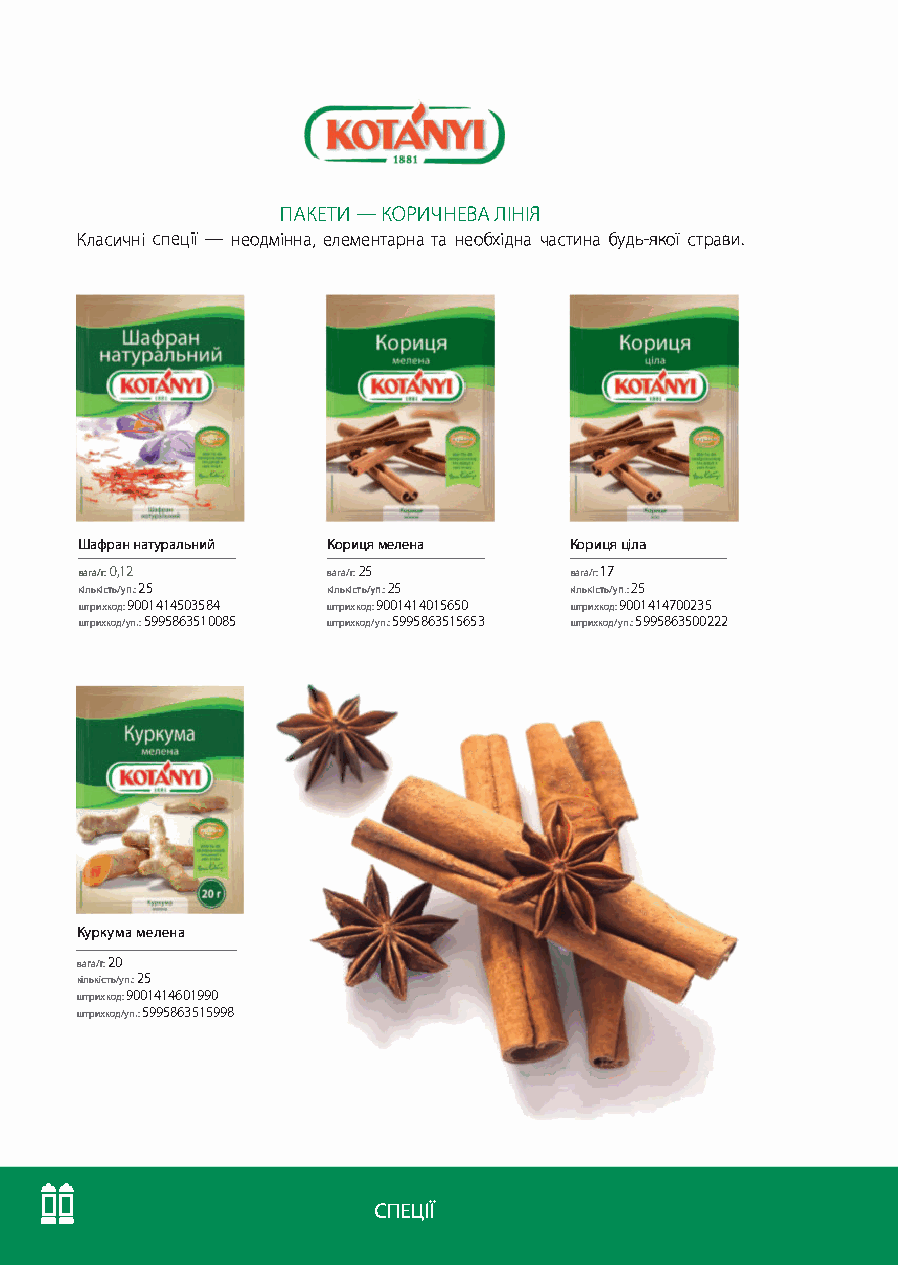
ПАКЕТИ -КОРИЧНЕВА ЛІНІЯ
 Класичні спеції - неодмінна, елементарна та необхідна частина будь-якої страви.
 Шафран натуральний Кориця мелена Кориця ціла
 вага/г. О, 12    вага/г: 25      вага/г: 17
 кількість/уп.: 25 кількість/уп.: 25 кількість/уп.: 25
 штрихкод: 9001414503584 штрихкод: 9001414015650 штрихкод: 9001414700235
 штрихкод/уп.: 5995863510 085 штрихкод/уп.: 5995863515653 штрихкод/уп.: 5995863500222
 Куркума мелена
 вага/г: 20
 кількість/уп.: 25
 штрих код: 90014146019 90
 штрихкод/уп.: 5995863515998
 ....
 □-□-
 СПЕЦІЇ